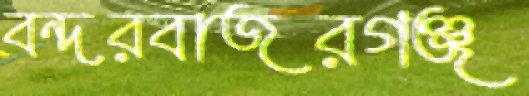
বন্দরবাজরগঞ্জ